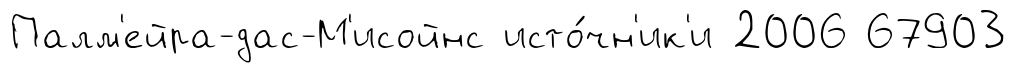
Палм'ейра-дас-М'исойнс исто́чн'ик'и 2006 67903